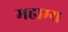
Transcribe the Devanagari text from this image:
महाम्य